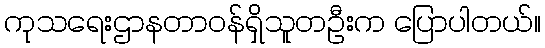
ကုသရေးဌာနတာဝန်ရှိသူတဦးက ပြောပါတယ်။